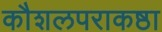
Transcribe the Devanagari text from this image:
कौशलपराकष्ठा